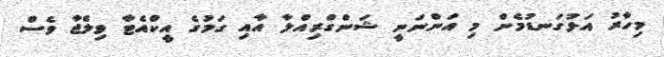
މިހާރު އަޅުގަނޑުމެން މި އަންނަނީ ޝަންގްރިއްލާ އާއި ގަމުގެ އީކްއެޓާ ވިލެޖާ ވެސް